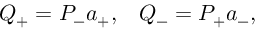
Q _ { + } = P _ { - } a _ { + } , \; \; \; Q _ { - } = P _ { + } a _ { - } ,